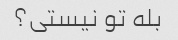
بله تو نیستی؟